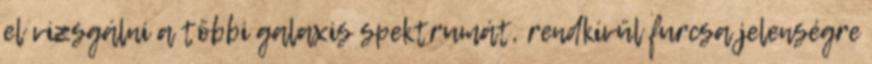
el vizsgálni a többi galaxis spektrumát, rendkívül furcsa jelenségre